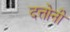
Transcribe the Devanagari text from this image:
दत्तोनी